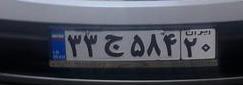
۳۳ج۵۸۴۲۰